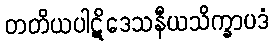
တတိယပါဋိဒေသနီယသိက္ခာပဒံ